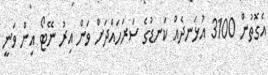
އެގޮތުން 3100 އުޅަނދެއް ކަނޑުގެ ސަރަހައްދަށް ވަން އިރު ނޭޓޯ އިން ވަނީ